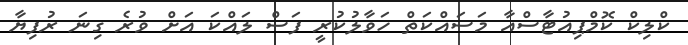
ކްލިކް ކޮމްޕިއުޓާސްއާ މަސައްކަތް ހަވާލުކުރީ ފަސް ލައްކަ އަށް ވުރެ ގިނަ ރުފިޔާ